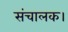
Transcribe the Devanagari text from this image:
संचालक।